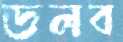
ডলব